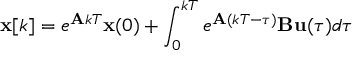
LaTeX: \mathbf { x } [ k ] = e ^ { \mathbf { A } k T } \mathbf { x } ( 0 ) + \int _ { 0 } ^ { k T } e ^ { \mathbf { A } ( k T - \tau ) } \mathbf { B } \mathbf { u } ( \tau ) d \tau